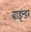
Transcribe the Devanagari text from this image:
बाइन्डर